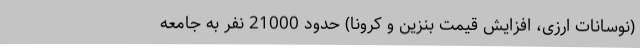
(نوسانات ارزی، افزایش قیمت بنزین و کرونا) حدود 21000 نفر به جامعه